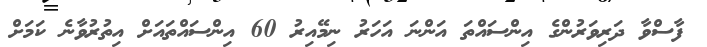
ފާސްވާ ދަރިވަރުންގެ އިންސައްތަ އަންނަ އަހަރު ނިމޭއިރު 60 އިންސައްތައަށް އިތުރުވާނެ ކަމަށް